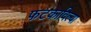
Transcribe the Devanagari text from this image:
फटकाविल्या